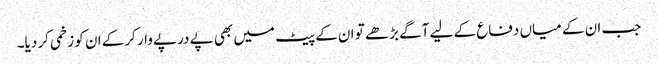
جب ان کے میاں دفاع کے لیے آگے بڑھے تو ان کے پیٹ میں بھی پے درپے وار کرکے ان کو زخمی کر دیا۔